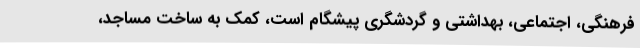
فرهنگی، اجتماعی، بهداشتی و گردشگری پیشگام است، کمک به ساخت مساجد،